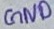
Text: GND